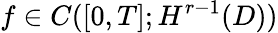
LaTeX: f\in C([0,T];H^{r-1}(D))